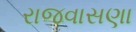
રાજવાસણા